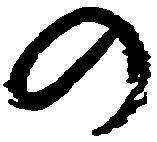
の